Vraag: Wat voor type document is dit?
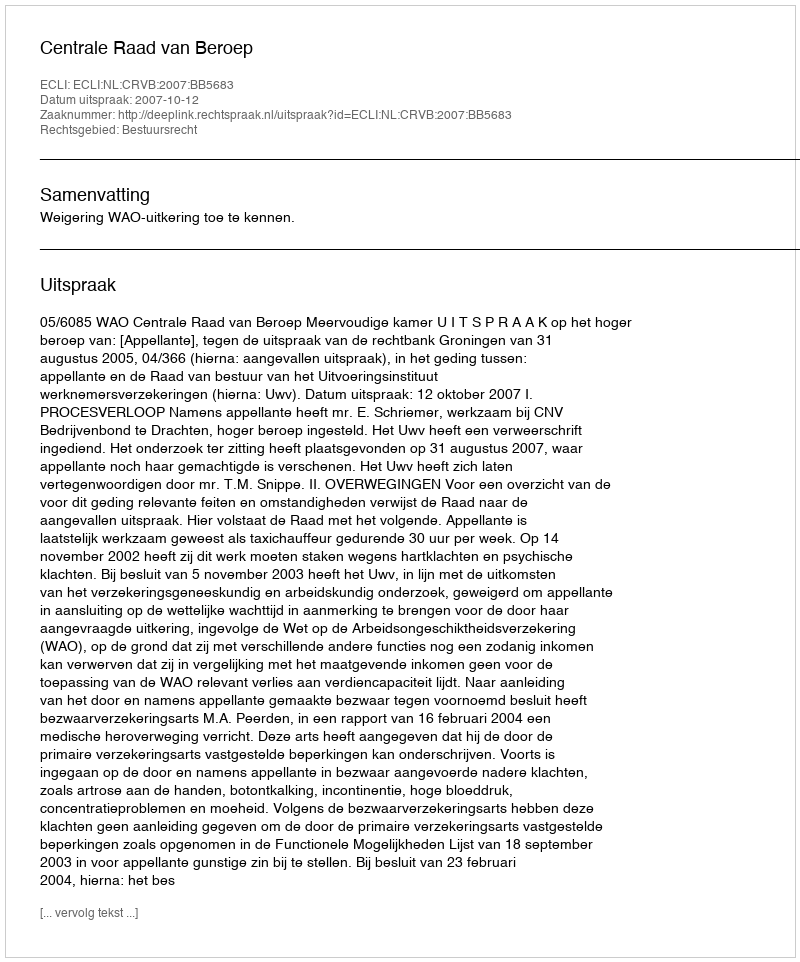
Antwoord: Uitspraak